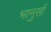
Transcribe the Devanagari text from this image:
भानुसों